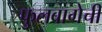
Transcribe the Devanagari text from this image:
फुलबागेची